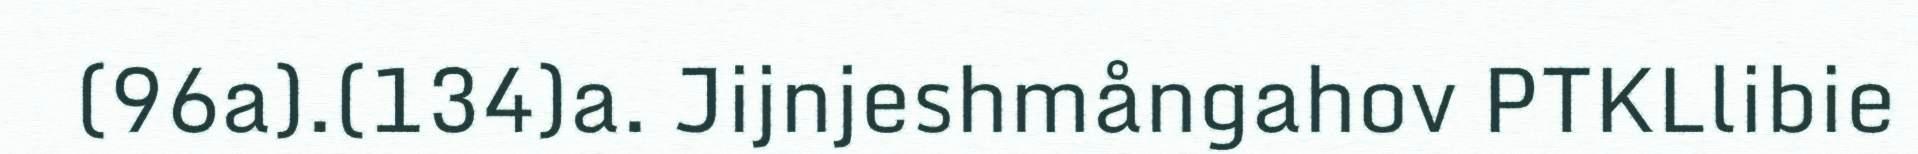
(96a).(134)a. Jijnjeshmångahov PTKLlibie